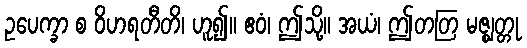
ဥပေက္ခာ စ ဝိဟရတီတိ၊ ဟူ၍။ ဧဝံ၊ ဤသို့။ အယံ၊ ဤတတြ မဇ္ဈတ္တု